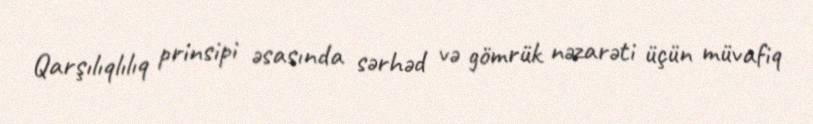
Qarşılıqlılıq prinsipi əsasında sərhəd və gömrük nəzarəti üçün müvafiq